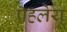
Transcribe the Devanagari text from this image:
पहलेयू